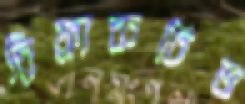
রিফ্রাকটিভ